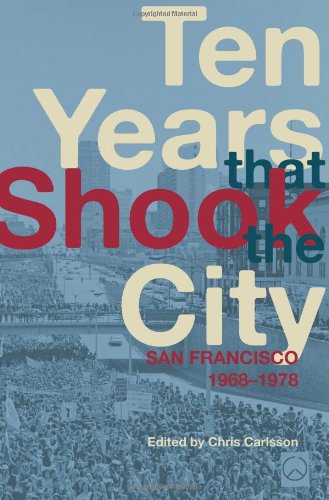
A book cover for Ten Years That Shook the City: San Francisco 1968-1978; History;